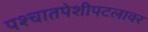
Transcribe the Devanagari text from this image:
पश्चातपेशीपटलावर